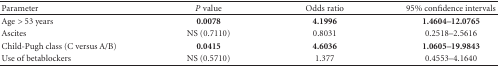
<table><thead><tr><td><b>Parameter</b></td><td><b><i>P</i> value</b></td><td><b>Odds ratio</b></td><td><b>95% confidence intervals</b></td></tr></thead><tbody><tr><td>Age &gt; 53 years</td><td><b>0.0078</b></td><td><b>4.1996</b></td><td><b>1.4604–12.0765</b></td></tr><tr><td>Ascites</td><td>NS (0.7110)</td><td>0.8031</td><td>0.2518–2.5616</td></tr><tr><td>Child-Pugh class (C versus A/B)</td><td><b>0.0415</b></td><td><b>4.6036</b></td><td><b>1.0605–19.9843</b></td></tr><tr><td>Use of betablockers</td><td>NS (0.5710)</td><td>1.377</td><td>0.4553–4.1640</td></tr></tbody></table>